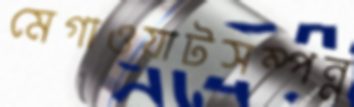
মেগাওয়াটসম্পন্ন